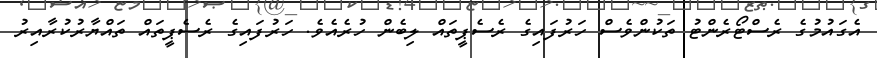
އެގައުމުގެ ރެސްޓޯރެންޓު ތަކުންވެސް ހަރުފައިގެ ރެސެޕީތައް ލިބެން ހުރެއެވެ. ހަރުފައިގެ ރެސެޕީތައް ތައްޔާރުކުރާއިރު